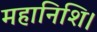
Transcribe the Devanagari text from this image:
महानिशि।